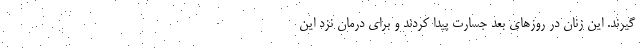
گیرند. این زنان در روزهای بعد جسارت پیدا کردند و برای درمان نزد این